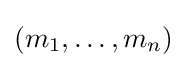
(m_{1},\ldots ,m_{n})